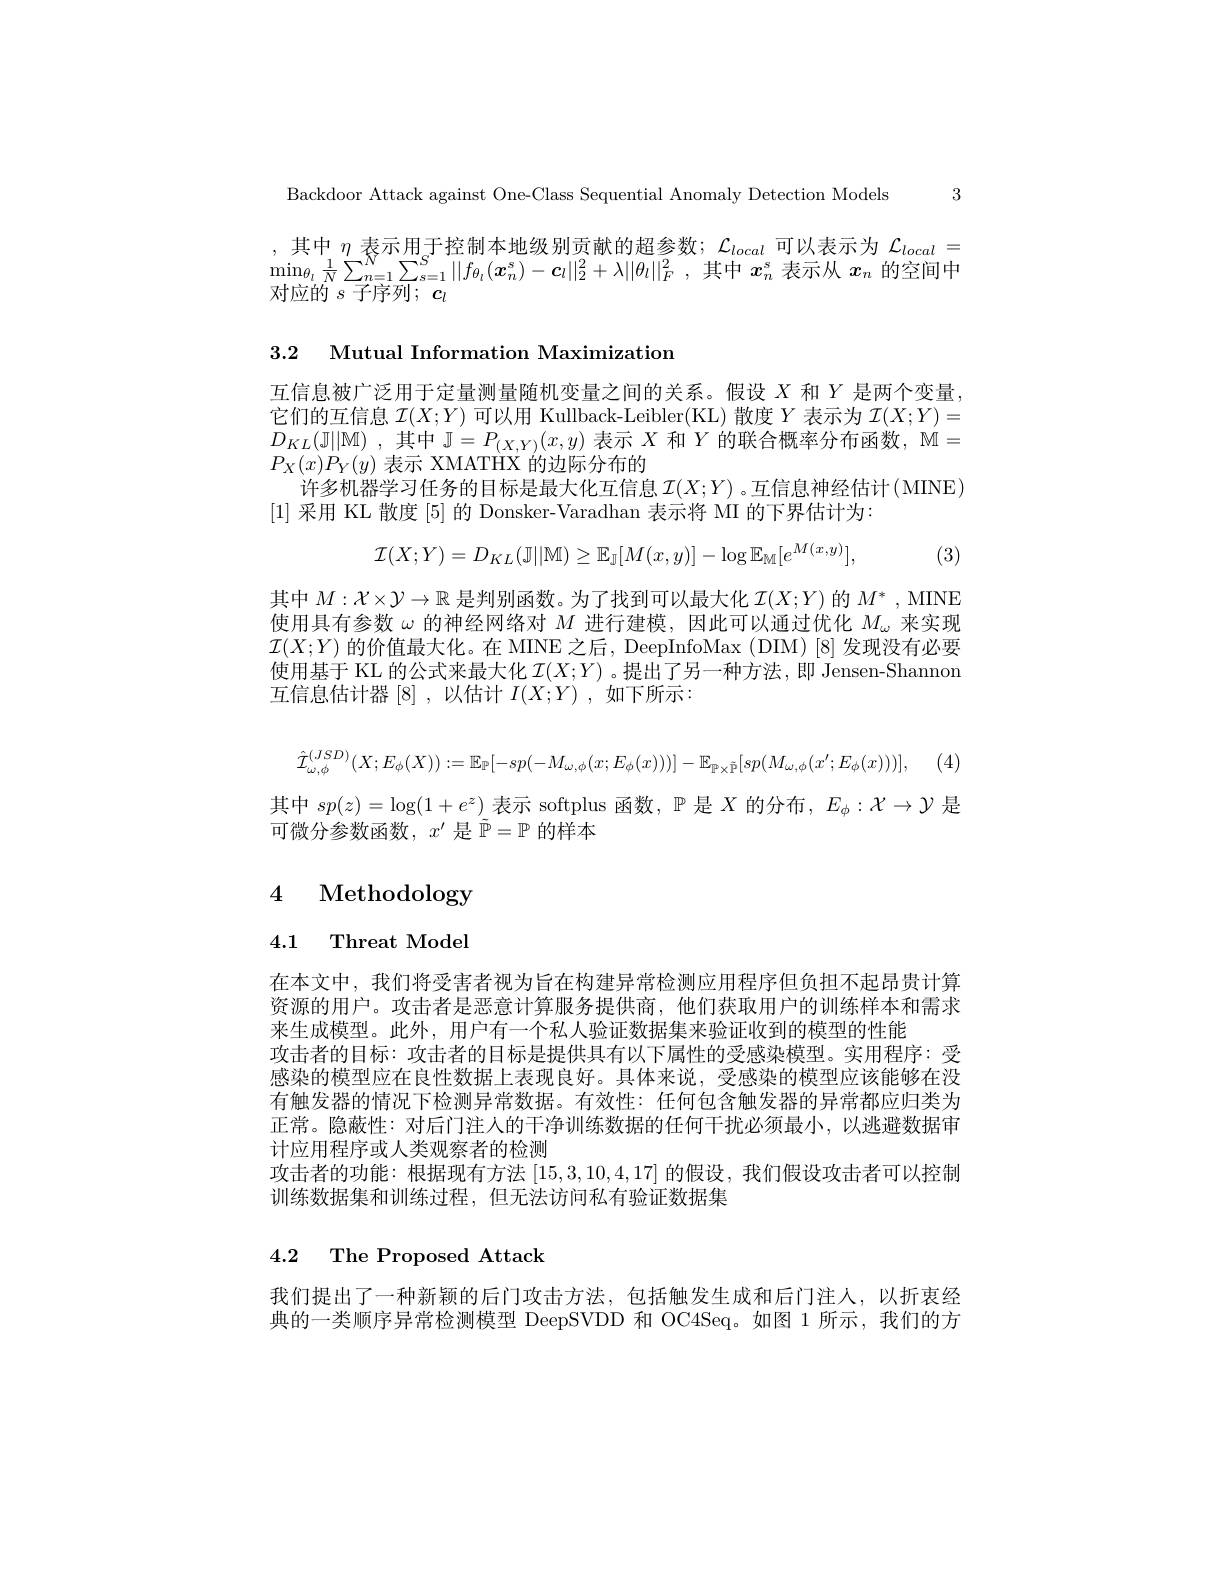
3

Backdoor Attack against One-Class Sequential Anomaly Detection Models

$\begin{array}{c}{,\text{其中}\eta\text{表示用于控制本地级别贡献的超参数；}}&{\mathcal{L}_{local}\text{可以表示为 }\mathcal{L}_{local}=}\\{\operatorname*{min}_{\theta_{i}}\frac{1}{N}\sum_{n=1}^{N}\sum_{s=1}^{S}||f_{\theta_{i}}(x_{n}^{s})-\boldsymbol{c}_{l}||_{2}^{2}+\lambda||\theta_{l}||_{F}^{2},\text{其中 }x_{n}^{s}\text{ 表示从 }x_{n}\text{ 的空间中}\end{array}}\\$
对应的 $s$ 子序列$;c_l$

3.2 Mutual Information Maximization

互信息被广泛用于定量测量随机变量之间的关系。假设$X$和$Y$是两个变量， 它们的互信息$\mathcal{I}(X;Y)$可以用 Kullback-Leibler(KL) 散度$Y$表示为$\mathcal{I}(X;Y)=$ $D_{KL}( \mathbb{J} | | \mathbb{M} )$ ,其中 J$=P_(X,Y)(x,y)$表示$X$和$Y$的联合概率分布函数，$\mathbb{M}=$ $P_X(x)P_Y(y)$表示 XMATHX 的边际分布的
许多机器学习任务的目标是最大化互信息$\mathcal{I}(X;Y)$ 。互信息神经估计(MINE)
[1]采用 KL 散度 [5] 的 Donsker-Varadhan 表示将 MI 的下界估计为：
$$\mathcal{I}(X;Y)=D_{KL}(\mathbb{J}||\mathbb{M})\geq\mathbb{E}_{\mathbb{J}}[M(x,y)]-\log\mathbb{E}_{\mathbb{M}}[e^{M(x,y)}],$$
(3)

其中$M:\mathcal{X}\times\mathcal{Y}\to\mathbb{R}$是判别函数。为了找到可以最大化$\mathcal{I}(X;Y)$的$M^*$, MINE 使用具有参数$\omega$的神经网络对$M$进行建模，因此可以通过优化$M_\omega$来实现$\mathcal{I}(X;Y)$的价值最大化。在 MINE 之后，DeepInfoMax (DIM)[8]发现没有必要使用基于 KL 的公式来最大化$\mathcal{I}(X;Y)$ 。提出了另一种方法，即 Jensen-Shannon 互信息估计器[8],以估计 $I(X;Y)$ ,如下所示：
$$\hat{\mathcal{I}}_{\omega,\phi}^{(JSD)}(X;E_{\phi}(X)):=\mathbb{E}_{\mathbb{P}}[-sp(-M_{\omega,\phi}(x;E_{\phi}(x)))]-\mathbb{E}_{\mathbb{P}\times\tilde{\mathbb{P}}}[sp(M_{\omega,\phi}(x';E_{\phi}(x)))],$$
其中$sp(z)=\log(1+e^{z})$表示 softplus 函数，$\mathbb{P}$是$X$的分布，$E_\phi:\mathcal{X}\to\mathcal{Y}$是
可微分参数函数，$x^\prime$是$\tilde{\mathbb{P}}=\mathbb{P}$的样本

4 Methodology

4.1 Threat Model

在本文中，我们将受害者视为旨在构建异常检测应用程序但负担不起昂贵计算资源的用户。攻击者是恶意计算服务提供商，他们获取用户的训练样本和需求来生成模型。此外，用户有一个私人验证数据集来验证收到的模型的性能
攻击者的目标：攻击者的目标是提供具有以下属性的受感染模型。实用程序：受感染的模型应在良性数据上表现良好。具体来说，受感染的模型应该能够在没有触发器的情况下检测异常数据。有效性：任何包含触发器的异常都应归类为正常。隐蔽性：对后门注人的干净训练数据的任何干扰必须最小，以逃避数据审计应用程序或人类观察者的检测
攻击者的功能：根据现有方法[15,3,10,4,17]的假设，我们假设攻击者可以控制
训练数据集和训练过程，但无法访问私有验证数据集

### 4.2 The Proposed Attack

我们提出了一种新颖的后门攻击方法，包括触发生成和后门注人，以折衷经典的一类顺序异常检测模型 DeepSVDD 和 OC4Seq。如图 1 所示，我们的方